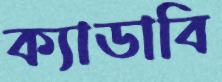
ক্যাডাবি